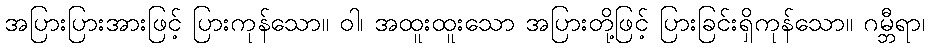
အပြားပြားအားဖြင့် ပြားကုန်သော။ ဝါ၊ အထူးထူးသော အပြားတို့ဖြင့် ပြားခြင်းရှိကုန်သော။ ဂမ္ဘီရာ၊